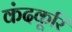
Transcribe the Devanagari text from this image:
कंदकूरि